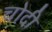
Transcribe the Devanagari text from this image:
चोदी